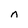
Character: n